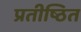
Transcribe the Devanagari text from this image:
प्रतीष्ठित